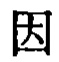
因